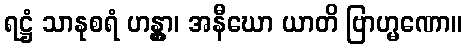
ရဋ္ဌံ သာနုစရံ ဟန္တွာ၊ အနီဃော ယာတိ ဗြာဟ္မဏော။